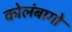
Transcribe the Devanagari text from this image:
कोलंबागो